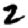
Digit: 2